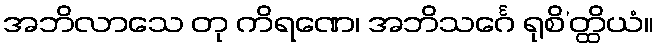
အဘိလာသေ တု ကိရဏေ၊ အဘိသင်္ဂေ ရုစိ’တ္ထိယံ။